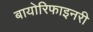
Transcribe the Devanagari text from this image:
बायोरिफाइनरी